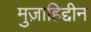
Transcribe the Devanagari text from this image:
मुज़ाहिद्दीन